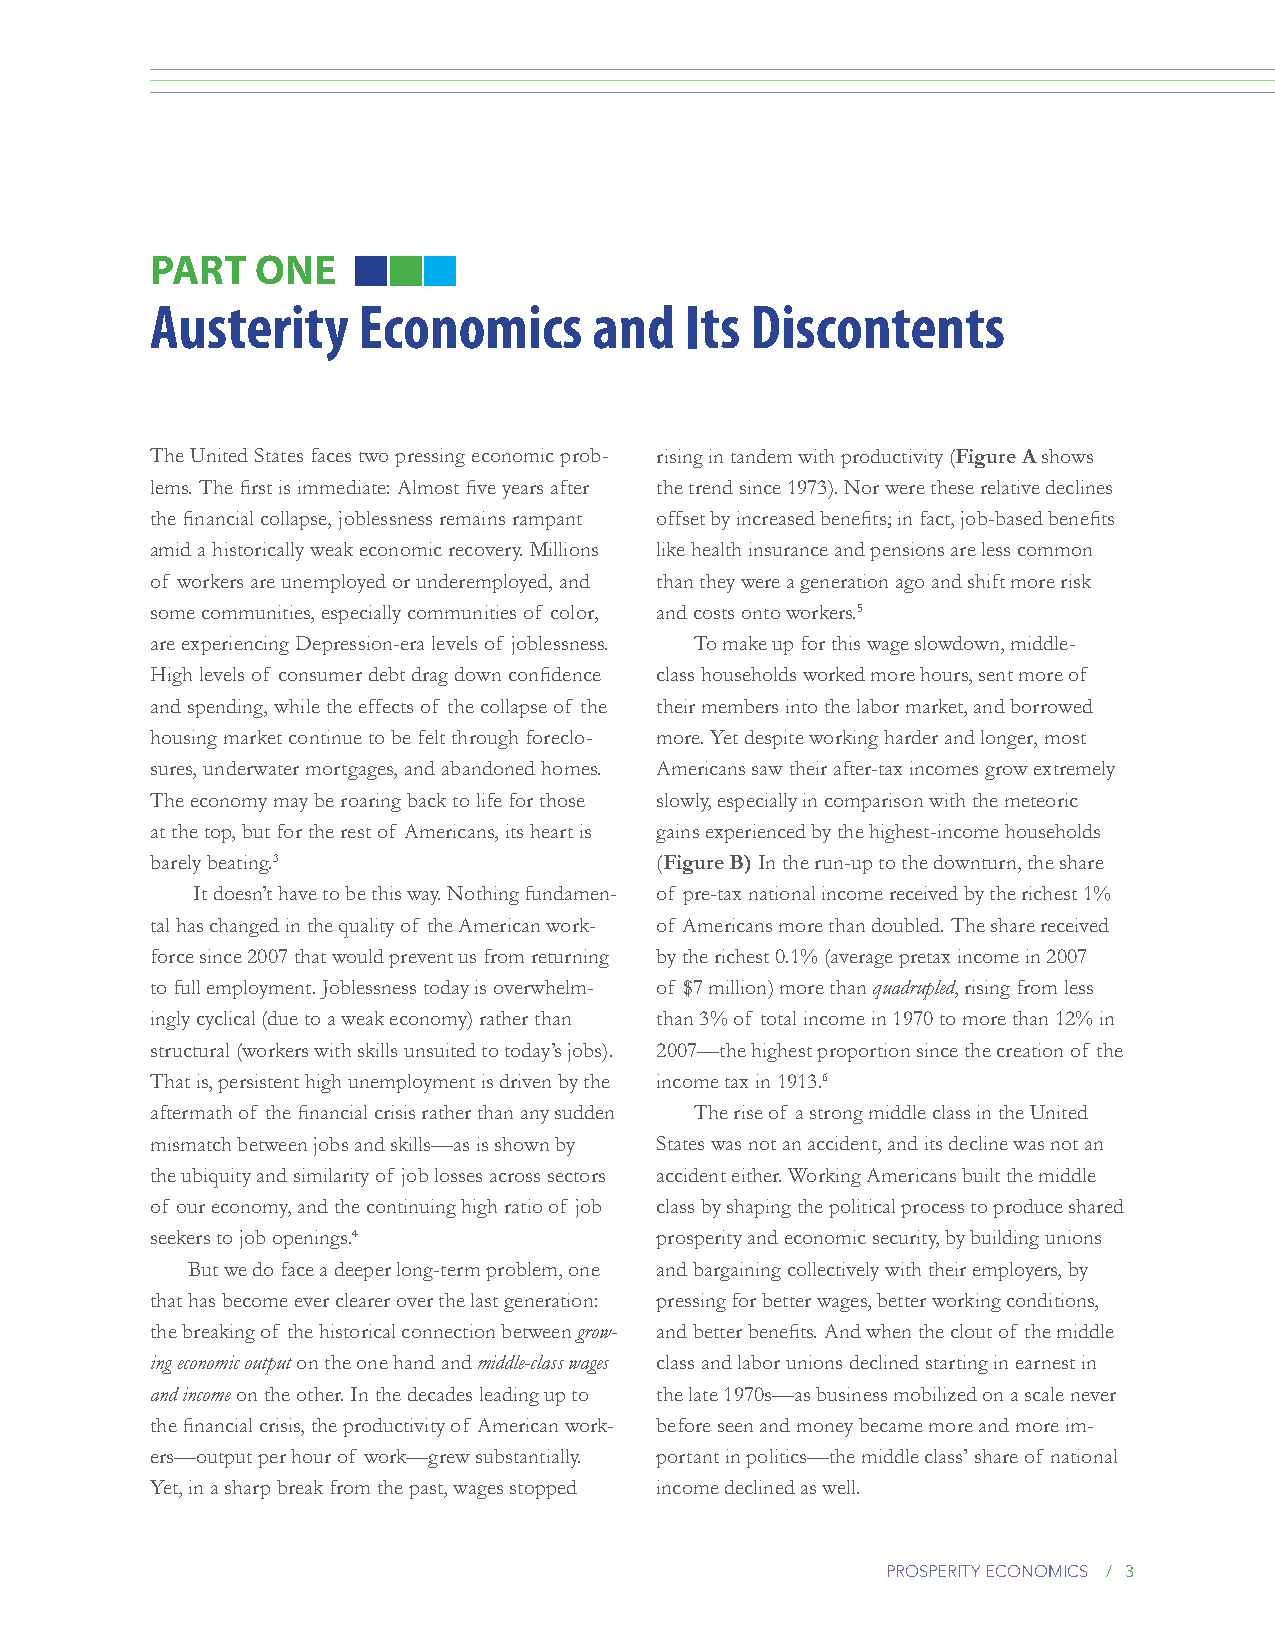
PART   ONE
 Austerity     Economics      and   Its  Discontents
 The United States faces two pressing economic prob- rising in tandem with productivity (Figure A shows
 lems. The first is immediate: Almost five years after the trend since 1973). Nor were these relative declines
 the financial collapse, joblessness remains rampant offset by increased benefits; in fact, job-based benefits
 amid a historically weak economic recovery. Millions like health insurance and pensions are less common
 of workers are unemployed or underemployed, and than they were a generation ago and shift more risk
 some communities, especially communities of color, and costs onto workers.5
 are experiencing Depression-era levels of joblessness. To make up for this wage slowdown, middle-
 High levels of consumer debt drag down confidence class households worked more hours, sent more of
 and spending, while the effects of the collapse of the their members into the labor market, and borrowed
 housing market continue to be felt through foreclo- more. Yet despite working harder and longer, most
 sures, underwater mortgages, and abandoned homes. Americans saw their after-tax incomes grow extremely
 The economy may be roaring back to life for those slowly, especially in comparison with the meteoric
 at the top, but for the rest of Americans, its heart is gains experienced by the highest-income households
 barely beating.3                 (Figure B) In the run-up to the downturn, the share
 It doesn’t have to be this way. Nothing fundamen- of pre-tax national income received by the richest 1%
 tal has changed in the quality of the American work- of Americans more than doubled. The share received
 force since 2007 that would prevent us from returning by the richest 0.1% (average pretax income in 2007
 to full employment. Joblessness today is overwhelm- of $7 million) more than quadrupled, rising from less
 ingly cyclical (due to a weak economy) rather than than 3% of total income in 1970 to more than 12% in
 structural (workers with skills unsuited to today’s jobs). 2007—the highest proportion since the creation of the
 That is, persistent high unemployment is driven by the income tax in 1913.6
 aftermath of the financial crisis rather than any sudden The rise of a strong middle class in the United
 mismatch between jobs and skills—as is shown by States was not an accident, and its decline was not an
 the ubiquity and similarity of job losses across sectors accident either. Working Americans built the middle
 of our economy, and the continuing high ratio of job class by shaping the political process to produce shared
 seekers to job openings.4        prosperity and economic security, by building unions
 But we do face a deeper long-term problem, one and bargaining collectively with their employers, by
 that has become ever clearer over the last generation: pressing for better wages, better working conditions,
 the breaking of the historical connection between grow- and better benefits. And when the clout of the middle
 ing economic output on the one hand and middle-class wages class and labor unions declined starting in earnest in
 and income on the other. In the decades leading up to the late 1970s—as business mobilized on a scale never
 the financial crisis, the productivity of American work- before seen and money became more and more im-
 ers—output per hour of work—grew substantially. portant in politics—the middle class’ share of national
 Yet, in a sharp break from the past, wages stopped income declined as well.
 prosperity economics / 3